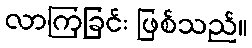
လာကြခြင်း ဖြစ်သည်။